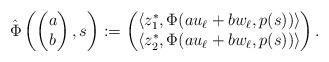
LaTeX: \begin{align*}\hat\Phi\left(\begin{pmatrix}a\\b\end{pmatrix},s\right) := \begin{pmatrix}\langle z_1^*, \Phi(a u_\ell + b w_\ell, p(s))\rangle\\\langle z_2^*, \Phi(a u_\ell + b w_\ell, p(s))\rangle\end{pmatrix}.\end{align*}